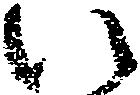
い